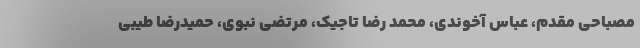
مصباحی مقدم، عباس آخوندی، محمد رضا تاجیک، مرتضی نبوی، حمیدرضا طیبی